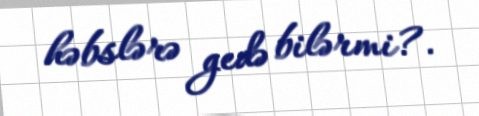
həbslərə gedə bilərmi?.